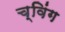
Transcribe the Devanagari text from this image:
च्विंग